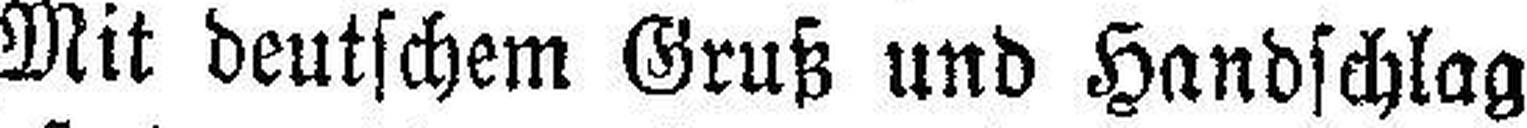
Mit deutschem Gruß und Handschlag